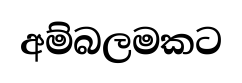
අම්බලමකට